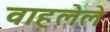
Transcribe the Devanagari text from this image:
वाहलेले